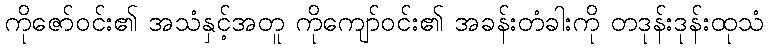
ကိုဇော်ဝင်း၏ အသံနှင့်အတူ ကိုကျော်ဝင်း၏ အခန်းတံခါးကို တဒုန်းဒုန်းထုသံ